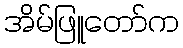
အိမ်ဖြူတော်က